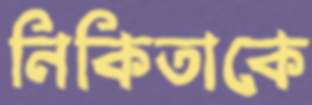
নিকিতাকে